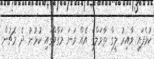
ކުޅެފައި ވާއިރު ލީގް ތާވަލްގެ އެއް ވަނަ މަގާމްގައި ކުޅުނު ދެ މެޗުން